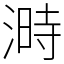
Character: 溡